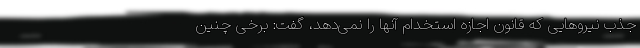
جذب نیروهایی که قانون اجازه استخدام آنها را نمی‌دهد، گفت: برخی چنین